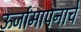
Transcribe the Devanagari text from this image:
ऊर्जामापनाचे